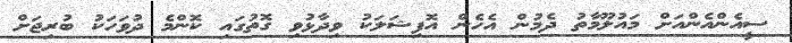
ސީއެންއެންއަށް މައުލޫމާތު ދެމުން އެހެން އޮފިޝަލަކު ވިދާޅުވި ގޮތުގައި ކޮންމެ ދުވަހަކު ބުރިޖަށް